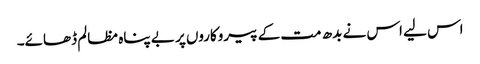
اس لیے اس نے بدھ مت کے پیروکاروں پر بے پناہ مظالم ڈھائے۔